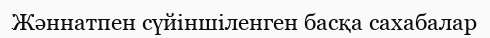
Жәннатпен сүйіншіленген басқа сахабалар